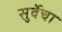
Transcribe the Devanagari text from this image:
सुर्वेचा